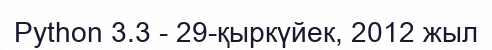
Python 3.3 - 29-қыркүйек, 2012 жыл